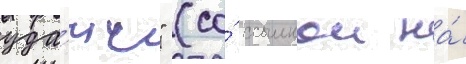
уда́чи" (со́ ссылкои на́